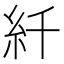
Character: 䊹